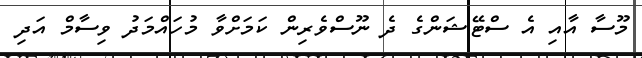
މޫސާ އާއި އެ ސްޓޭޝަންގެ ދެ ނޫސްވެރިން ކަމަށްވާ މުހައްމަދު ވިސާމް އަދި